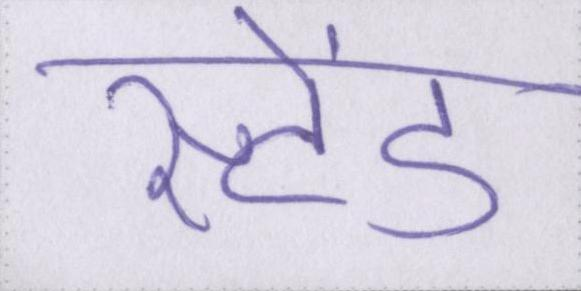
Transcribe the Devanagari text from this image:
स्टेंड